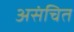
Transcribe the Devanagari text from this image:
असंचित